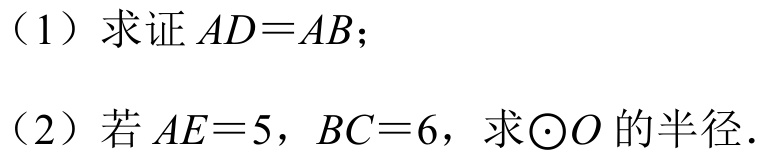
（1）求证 \(AD = AB\)；
（2）若 \(AE = 5\)，\(BC = 6\)，求\(\odot O\) 的半径．